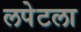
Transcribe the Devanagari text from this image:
लपेटला